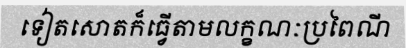
ទៀតសោតក៏ធ្វើតាមលក្ខណៈប្រពៃណី